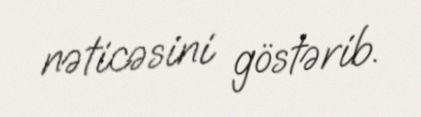
nəticəsini göstərib.